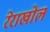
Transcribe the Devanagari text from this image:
रेराखोल